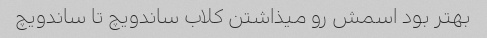
بهتر بود اسمش رو میذاشتن کلاب ساندویچ تا ساندویچ